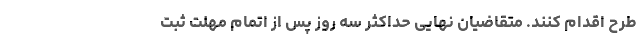
طرح اقدام کنند. متقاضیان نهایی حداکثر سه روز پس از اتمام مهلت ثبت